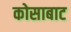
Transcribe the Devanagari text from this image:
कोसाबाट